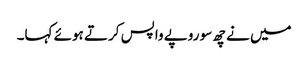
میں نے چھ سو روپے واپس کرتے ہوئے کہا۔